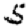
Digit: 5